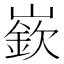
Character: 嶔